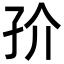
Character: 㜾